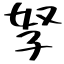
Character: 孥